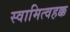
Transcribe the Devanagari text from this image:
स्वामित्वहक्क